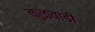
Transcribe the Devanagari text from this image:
कुळवाडी